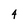
Character: 4